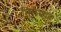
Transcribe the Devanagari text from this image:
मिलशाह